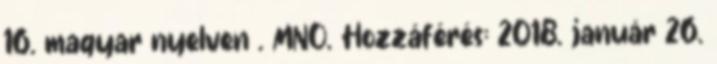
16. magyar nyelven . MNO. Hozzáférés: 2018. január 26.